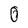
Character: 0